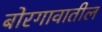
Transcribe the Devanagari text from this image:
बोरगावातील